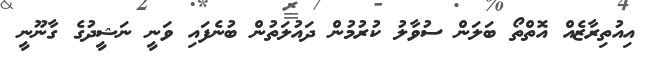
އިއުތިރާޒެއް އޮތްތޯ ބަލަން ސުވާލު ކުރުމުން ދައުލަތުން ބުނެފައި ވަނީ ނަޝީދުގެ ގާނޫނީ